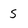
Character: S